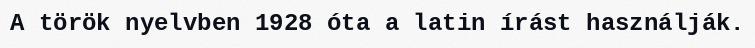
A török nyelvben 1928 óta a latin írást használják.